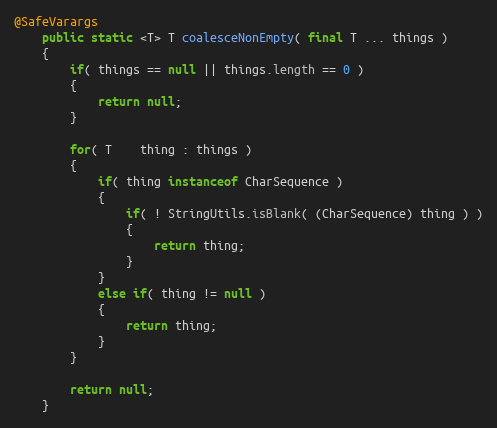
Language: Java
@SafeVarargs
    public static <T> T coalesceNonEmpty( final T ... things )
    {
        if( things == null || things.length == 0 )
        {
            return null;
        }

        for( T    thing : things )
        {
            if( thing instanceof CharSequence )
            {
                if( ! StringUtils.isBlank( (CharSequence) thing ) )
                {
                    return thing;
                }
            }
            else if( thing != null )
            {
                return thing;
            }
        }

        return null;
    }